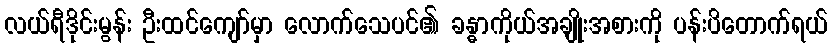
လယ်ရီဒိုင်းမွန်း ဦးထင်ကျော်မှာ လောက်သေပင်၏ ခန္ဓာကိုယ်အချိုးအစားကို ပန်းပိတောက်ရယ်